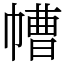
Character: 㡟